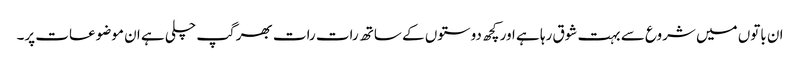
ان باتوں میں شروع سے بہت شوق رہا ہے اور کچھ دوستوں کے ساتھ رات رات بھر گپ چلی ہے ان موضوعات پر۔